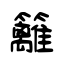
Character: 籬